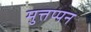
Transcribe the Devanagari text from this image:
मुत्तप्पन